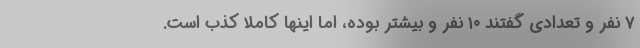
۷ نفر و تعدادی گفتند ۱۰ نفر و بیشتر بوده، اما اینها کاملا کذب است.